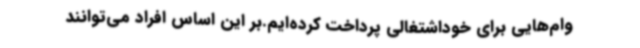
وام‌هایی برای خوداشتغالی پرداخت کرده‌ایم.بر این اساس افراد می‌توانند